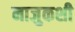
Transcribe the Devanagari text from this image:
नाजुकशी